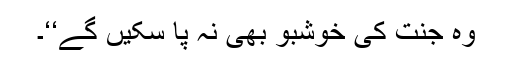
وہ جنت کی خوشبو بھی نہ پا سکیں گے‘‘۔